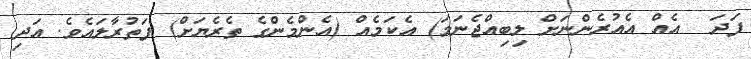
ފަދަ  އެއް އެއުރެންނަށް ލިބިއްޖެނަމަ) އެކަމެއް (އެންމެންގެ ތެރެޔަށް) ފަތުރާލައެވެ. އަދި